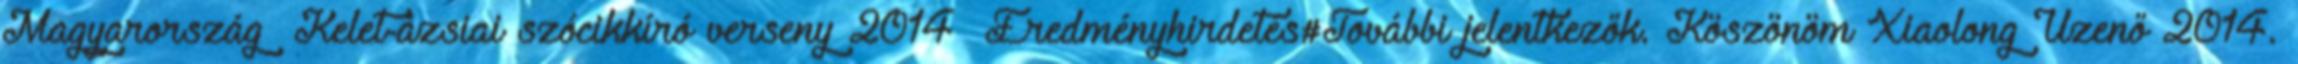
Magyarország Kelet-ázsiai szócikkíró verseny 2014 Eredményhirdetés#További jelentkezők. Köszönöm Xiaolong Üzenő 2014.